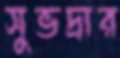
সুভদ্রার